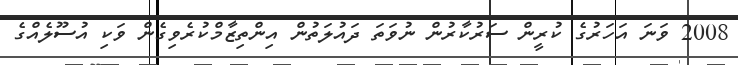
2008 ވަނަ އަހަރުގެ ކުރީން ސަރުކާރުން ނުވަތަ ދައުލަތުން އިންތިޒާމްކުރެވިގެން ވަކި އުސޫލެއްގެ